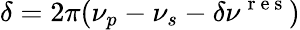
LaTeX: \delta=2\pi(\nu_{p}-\nu_{s}-\delta\nu^{\mathrm{~r~e~s~}})